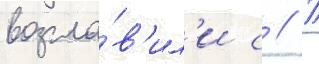
возгла́в'ил'и с // П